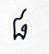
៨